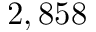
2 , 8 5 8